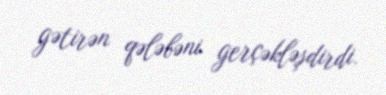
gətirən qələbəni gerçəkləşdirdi.